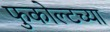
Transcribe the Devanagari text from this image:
फुकोल्टच्या